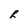
Character: R